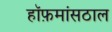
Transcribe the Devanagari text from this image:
हॉफ़मांसठाल